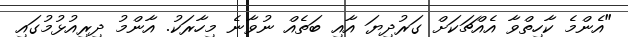
"އެންމެ ކާހިތްވާ އެއްޗަކަށް ގަރުދިޔަ އާއި ބަތެއް ނުވާނެ މިހާރަކު. އާންމު ދިރިއުޅުމުގައި